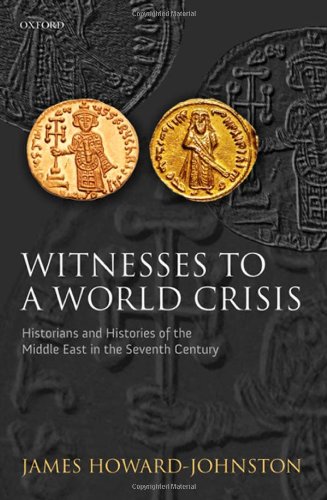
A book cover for Witnesses to a World Crisis: Historians and Histories of the Middle East in the Seventh Century; James Howard-Johnston; History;